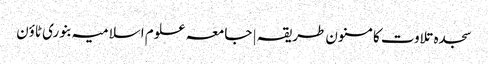
سجدہ تلاوت کا مسنون طریقہ | جامعہ علوم اسلامیہ بنوری ٹاؤن